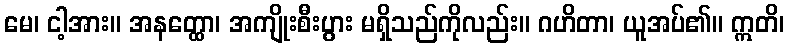
မေ၊ ငါ့အား။ အနတ္ထော၊ အကျိုးစီးပွား မရှိသည်ကိုလည်း။ ဂဟိတာ၊ ယူအပ်၏။ ဣတိ၊